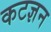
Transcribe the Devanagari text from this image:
कटज्ञन